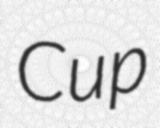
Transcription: Cup